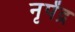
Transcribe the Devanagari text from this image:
नृपेंद्र